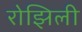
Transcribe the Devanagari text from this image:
रोझिली